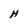
Character: H